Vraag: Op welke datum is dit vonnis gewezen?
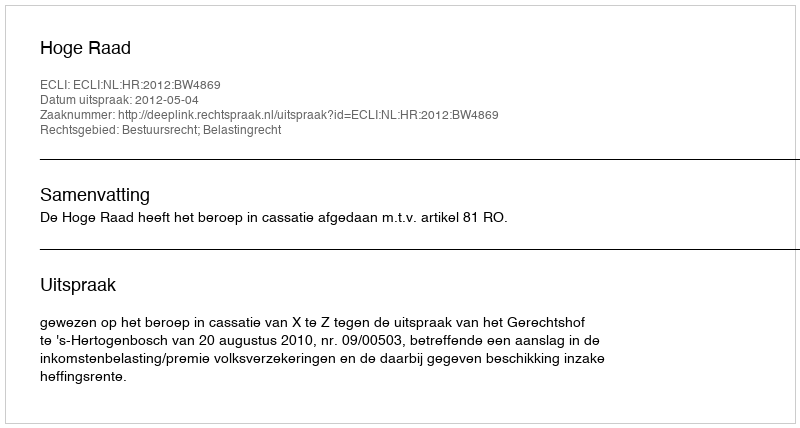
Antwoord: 2012-05-04